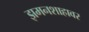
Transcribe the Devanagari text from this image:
झमनशाहावर